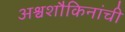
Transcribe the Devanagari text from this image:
अश्वशौकिनांची